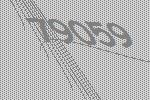
79059